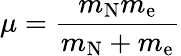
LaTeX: \mu={\frac{m_{\mathrm{N}}m_{\mathrm{e}}}{m_{\mathrm{N}}+m_{\mathrm{e}}}}